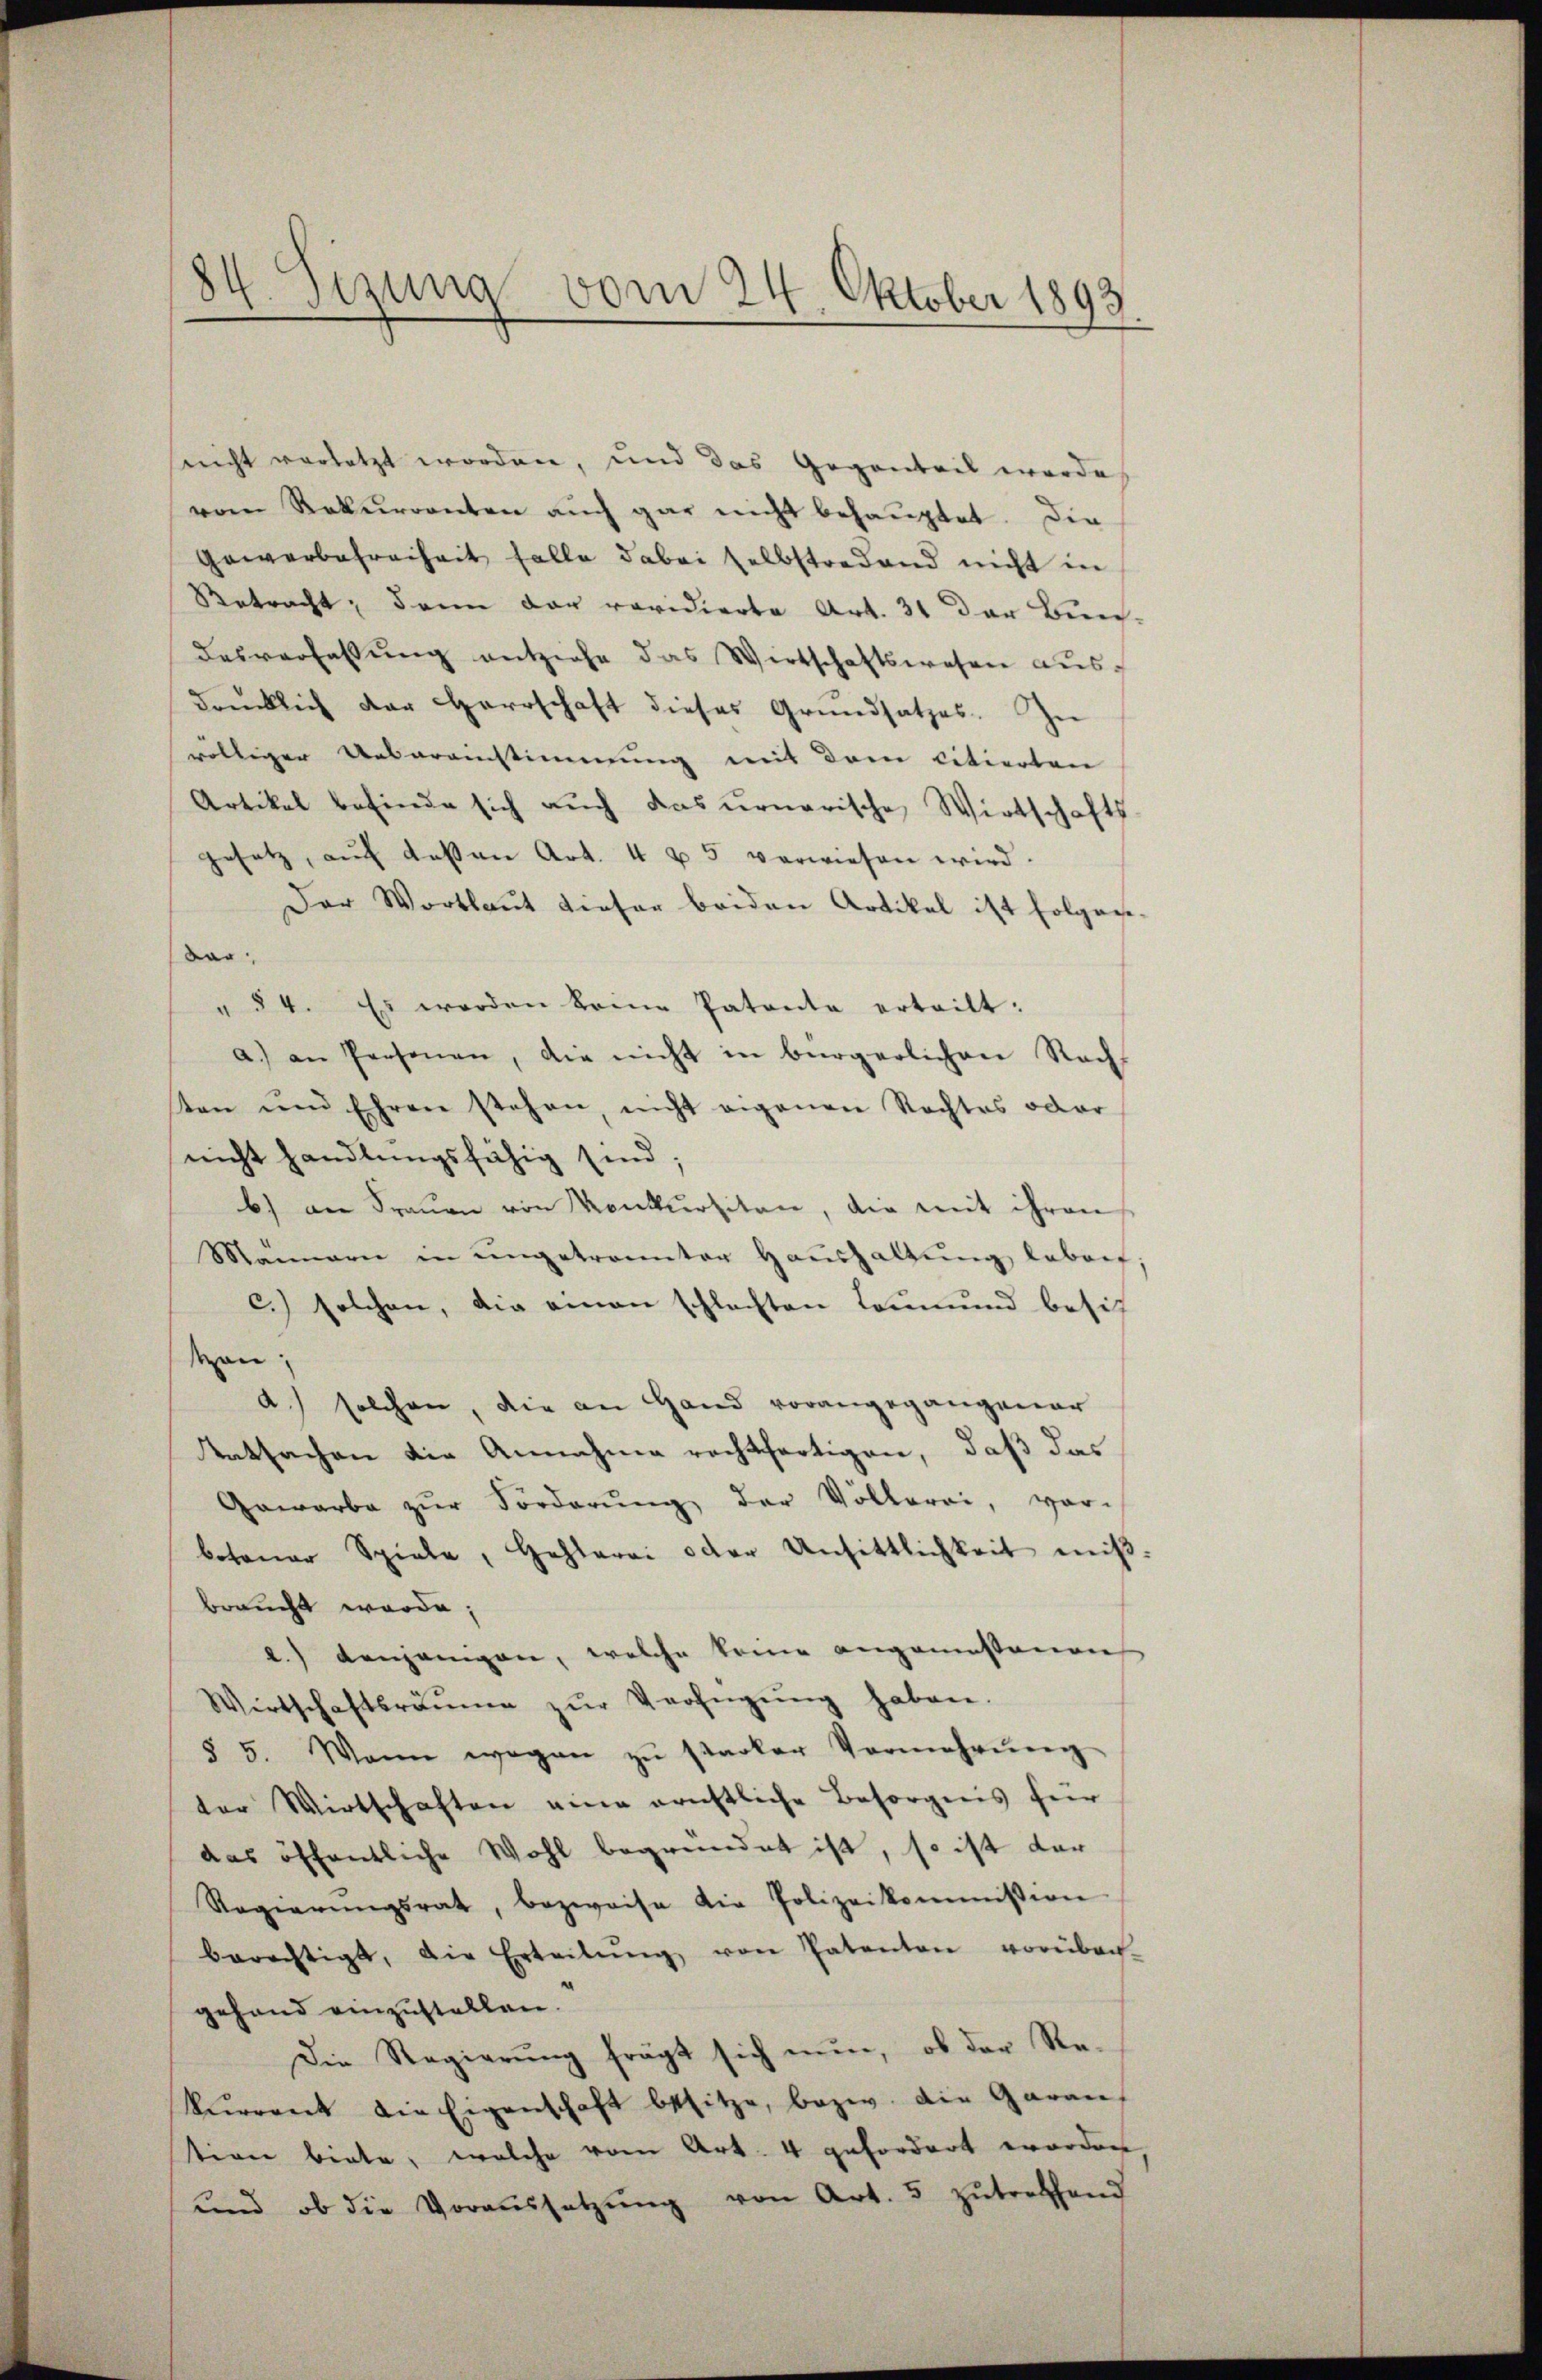
84. Sezung vom 24. Oktober 1893.

snicht vorletzt worden, und das Gegenteil werde
vom Rekurrenten aŭch gar nicht behauptet. Die
Gewerbefreiheit falle dabei selbstraband nicht in
Retracht; dann das revidierte Art. 31 der Bun-
desverfassung entziehe das Wirtschaftswesen ausdrücklich der Herrschaft dieses Grundsatzes. In
völliger Uebereinstimmung mit dem citierten
Artikel befinde sich auch das uonarische Wirtschafts
gesetz, aŭf dessen Art. 4 u. 5 verwiesen wird.
Der Wortlaut dieser beiden Artikel ist folgene-
dar
" §4. Es werden keine Patente ertritt:
a.) an Personen, die nicht in bürgerlichen Rachs
ten und Ehren stehen, nicht eigenen Rechtes oder
nicht handlungsfähig sind;
b) an Frauen von Konkursitan, die mit ihren
Männern in ŭngetrannter Haŭshaltŭng laborf,
c.) solchen, die einen schlechten Leumund besitz
Mon
A.) solchen, die an Hand vorangegangener
Aatsachen die Annahme rechtfertigen, daß das
Gawarbe zŭr Forderŭng der Völlerei, vor-
botener Spiele, Hehlerei oder Unsittlichkeit miβ.
braucht werde;
2.) denjenigen, welche keine angemessenen
Wirtschaftsräŭme zŭr Verfügŭng haben.
§ 5. Wann wegen zŭ starker Vermehrung
ter Wirtschaften eine erichtliche Besorgnis für
das öffentliche Wohl begründet ist, so ist dar
Regierŭngsrat, bezweife die Polizeikommission
berechtigt, die Erteilŭng von Patenten vorüber-
gehand einzustellen.
Die Regierung frägt sich nun, ob der Re-
kurrent die Eigenschaft besitze, bezw. die Garan,
tion biete, welche vom Art. 4 gefordert worden,
ŭnd ob die Voraussetzŭng von Art. 5 zŭtrethand